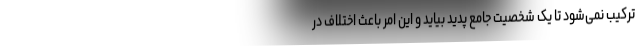
ترکیب نمی‌شود تا یک شخصیت جامع پدید بیاید و این امر باعث اختلاف در